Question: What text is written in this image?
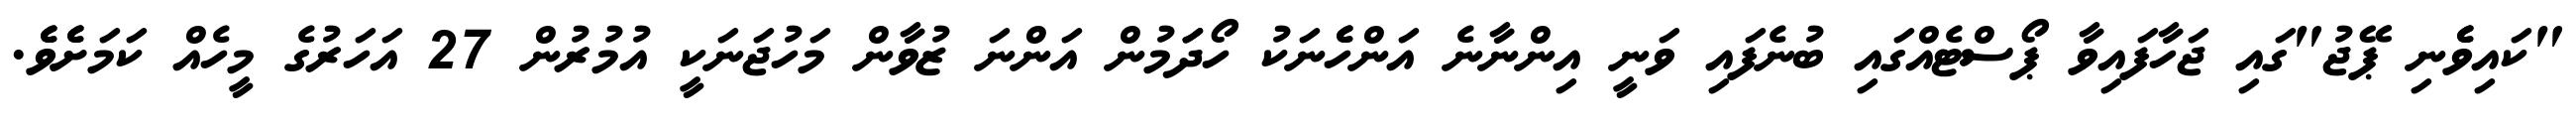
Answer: "ކައިވެެނި ޕޭޖު"ގައި ޖަހާފައިވާ ޕޯސްޓެއްގައި ބުނެފައި ވަނީ އިންނާނެ އަންހެެނަކު ހޯދަަމުން އަންނަ ޒުވާން މަހުޖަނަކީ އުމުރުން 27 އަހަރުގެ މީހެއް ކަމަށެެވެެ.